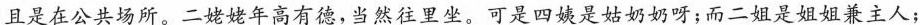
且是在公共场所。二姥姥年高有德，当然往里坐。可是四姨是姑奶奶呀；而二姐是姐姐兼主人；